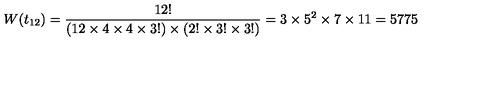
W ( t _ { 1 2 } ) = \frac { 1 2 ! } { ( 1 2 \times 4 \times 4 \times 3 ! ) \times ( 2 ! \times 3 ! \times 3 ! ) } = 3 \times 5 ^ { 2 } \times 7 \times 1 1 = 5 7 7 5